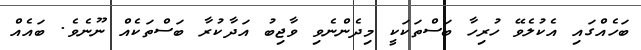
ބަހެއްގައި އެކުލެވޭ ހުރިހާ ބަސްތަކަކީ މިދެންނެވި ވާޖިބު އަދާކުރާ ބަސްތަކެއް ނޫނެވެ. ބައެއް